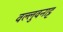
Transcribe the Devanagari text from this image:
वल्लुवनाट्ट